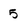
Character: 5